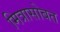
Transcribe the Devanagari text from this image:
मित्रासोबत